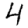
Digit: 4